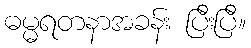
ဓမ္မရတနာအခန်း ပြီးပြီ။